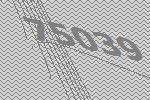
75039